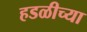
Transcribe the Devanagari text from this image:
हडळीच्या